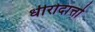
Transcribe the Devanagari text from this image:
धीरोदात्तो